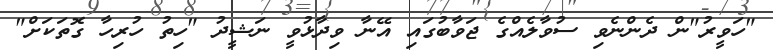
"ހަވީރު"ން ދެންނެވި ސުވާލެއްގެ ޖަވާބުގައި އޭނާ ވިދާޅުވީ ނަޝީދު "ހިތު ހުރިހާ ގޮތަކަށް"